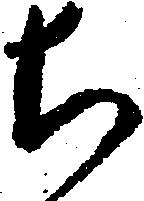
ち